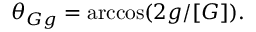
\begin{array} { r } { \theta _ { G g } = \operatorname { a r c c o s } ( 2 g / [ G ] ) . } \end{array}